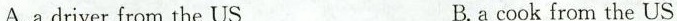
A.a driver from the US B.a cook from the US